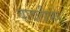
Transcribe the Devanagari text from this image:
बादलीभर